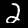
Digit: 2